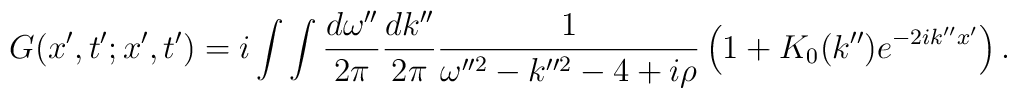
G(x',t';x',t')=i\int\int\frac{d\omega''}{2\pi}\frac{dk''}{2\pi}\frac{1}{\omega''^{2}-k''^{2}-4+i\rho}\left(1+K_{0}(k'')e^{-2ik''x'}\right).